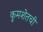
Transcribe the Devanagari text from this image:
कुमशेतची